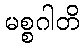
မစ္စဂါတိ